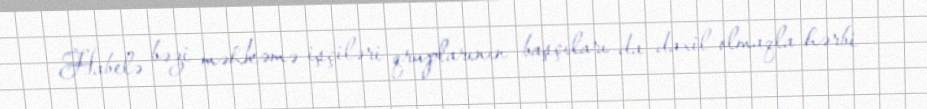
Habelə bəzi məhkəmə işçiləri qruplarının başçıları da daxil olmaqla hərbi